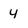
Character: 4